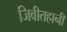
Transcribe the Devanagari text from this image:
जिवीतहानी